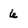
Character: 6